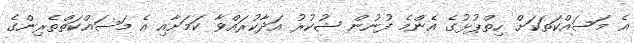
އެ މަސައްކަތަކަށް ހިތްޕުޅުގެ އެންމެ ފުނުން ޝުކުރު އަދާކުރައްވާ ކަމަށާއި އެ މަސައްކަތްތެރިންގެ